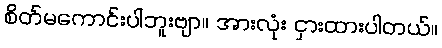
စိတ်မကောင်းပါဘူးဗျာ။ အားလုံး ငှားထားပါတယ်။